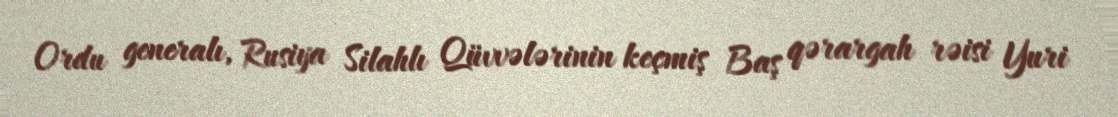
Ordu generalı, Rusiya Silahlı Qüvvələrinin keçmiş Baş qərargah rəisi Yuri